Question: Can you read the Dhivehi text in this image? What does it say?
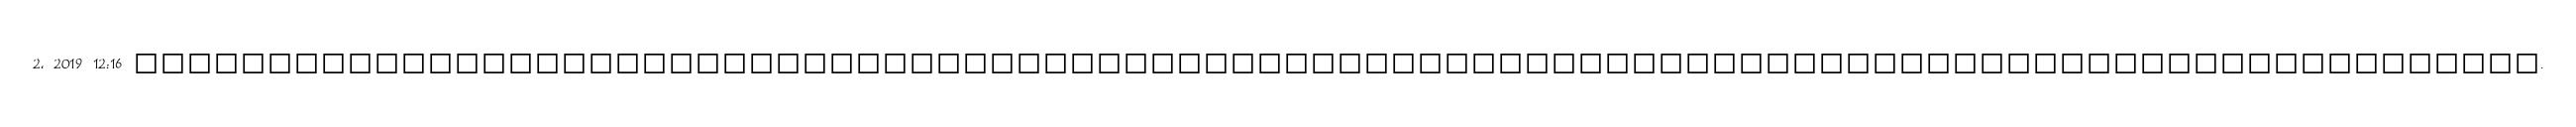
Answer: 2, 2019 12:16 ??????????????????????????????????????????????????????????????????????????????????????????.